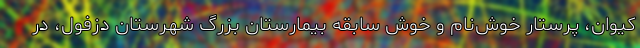
کیوان، پرستار خوش‌نام و خوش سابقه بیمارستان بزرگ شهرستان دزفول، در